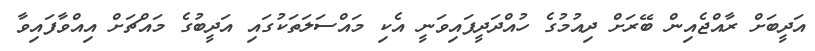
އަދީބަށް ރާއްޖެއިން ބޭރަށް ދިއުމުގެ ހުއްދަދީފައިވަނީ އެކި މައްސަލަތަކުގައި އަދީބުގެ މައްޗަށް އިއްވާފައިވާ